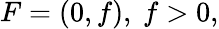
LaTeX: F=(0,f),\ f>0,